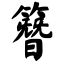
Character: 簪